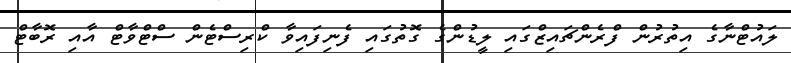
ލައުޓްނާގެ އިތުރުން ފްރެންޗައިޒްގައި ލީޑުންގެ ގޮތުގައި ފެނިފައިވާ ކްރިސްޓެން ސްޓްވާޓް އާއި ރޮބާޓް